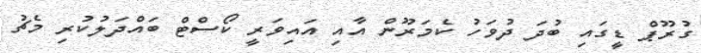
ގުރޫޕް ޑީގައި ބުދަ ދުވަހު ކެމަރޫން އާއި އައިވަރީ ކޯސްޓް ބައްދަލުކުރި މެޗު